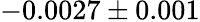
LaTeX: -0.0027\pm{0.001}